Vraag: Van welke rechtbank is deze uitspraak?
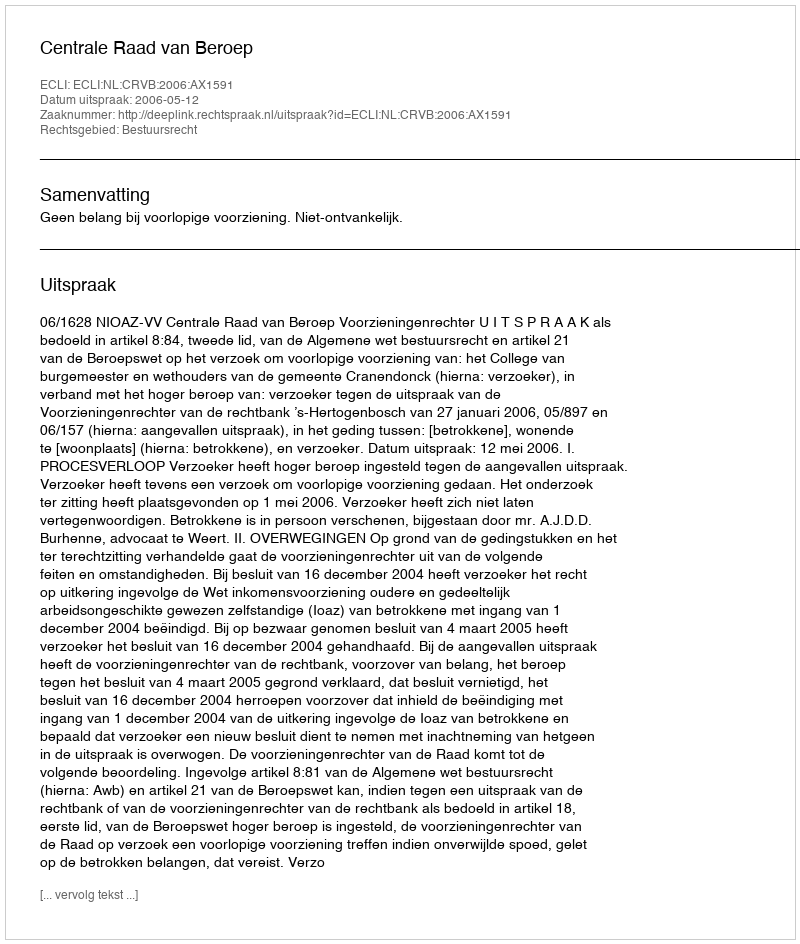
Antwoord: Centrale Raad van Beroep